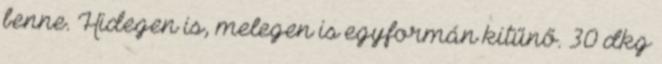
benne. Hidegen is, melegen is egyformán kitűnő. 30 dkg